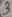
Text: 3